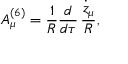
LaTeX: A _ { \mu } ^ { ( 6 ) } = { \frac { 1 } { R } } { \frac { d } { d \tau } } \, { \frac { \dot { z } _ { \mu } } { R } } ,